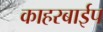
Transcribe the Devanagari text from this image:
काहरबाईप